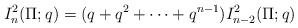
LaTeX: \begin{align*} I_n^{2}(\Pi;q) = (q + q^2 + \cdots + q^{n-1}) I_{n-2}^{2}(\Pi;q) \end{align*}